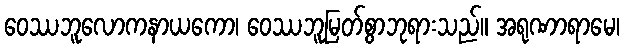
ဝေဿဘူလောကနာယကော၊ ဝေဿဘူမြတ်စွာဘုရားသည်။ အရုဏာရာမေ၊